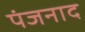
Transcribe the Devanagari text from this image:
पंजनाद